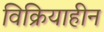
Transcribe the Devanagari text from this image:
विक्रियाहीन